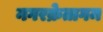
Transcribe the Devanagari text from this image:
नगरक्रेतागम